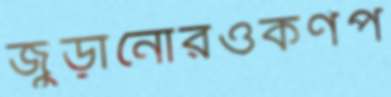
জুড়ানোরওকর্ণপ